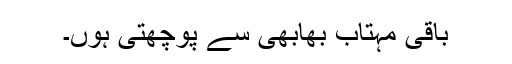
باقی مہتاب بھابھی سے پوچھتی ہوں۔